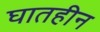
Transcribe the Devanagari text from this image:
घातहीन